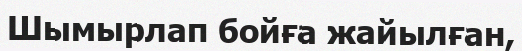
Шымырлап бойға жайылған,